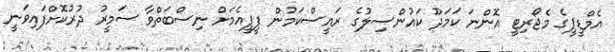
އެމްޑީޕީގެ މެޖޯރިޓީ އޮންނަ ކަމަދޫ ކައުންސިލުގެ ރައީސްކަމުން ޕީޕީއެމަށް ނިސްބަތްވާ ސަމީރު ދުރުކޮށްފައިވަނީ